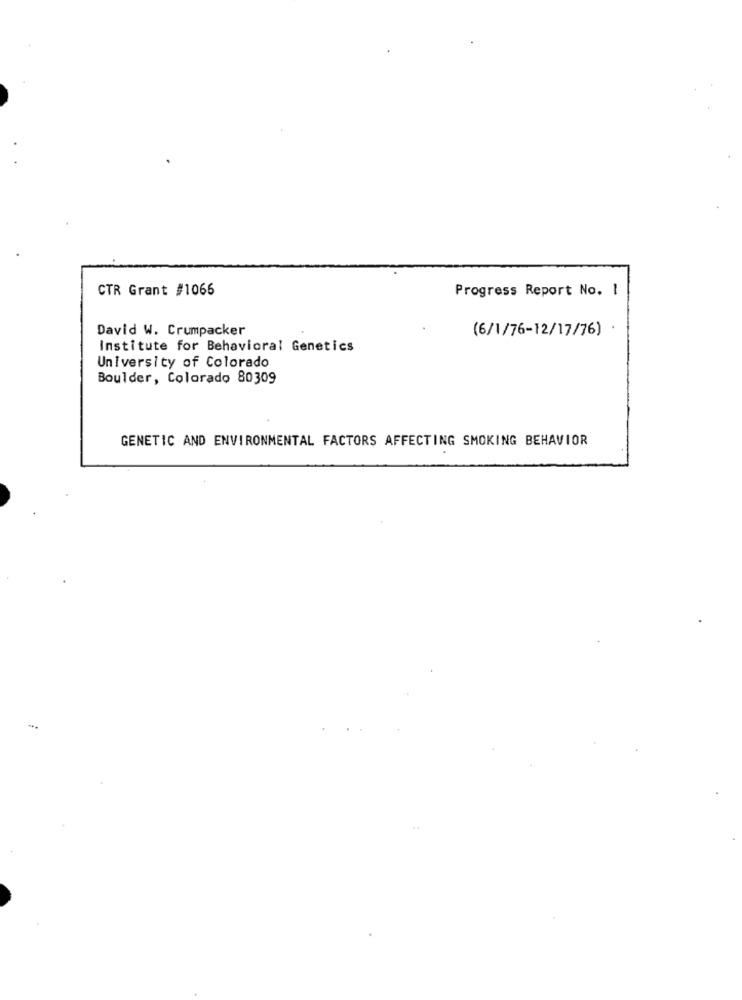
CTR Grant #1066
Progress Report No. 1
David W. Crumpacker
(6/1/76-12/17/76)
Institute for Behavioral Genetics
University of Colorado
Boulder, Colorado 80309
GENETIC AND ENVIRONMENTAL FACTORS AFFECTING SMOKING BEHAVIOR